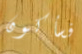
فسأكون